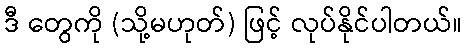
ဒီ တွေကို (သို့မဟုတ်) ဖြင့် လုပ်နိုင်ပါတယ်။